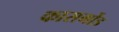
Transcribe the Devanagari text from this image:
कासर्गोड